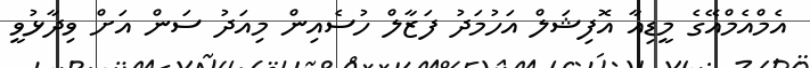
އެމްއެމްއޭގެ މީޑިއާ އޮފިޝަލް އަހުމަދު ފަޒާލް ހުސެއިން މިއަދު ސަން އަށް ވިދާޅުވީ